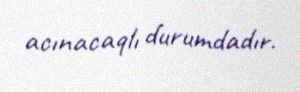
acınacaqlı durumdadır.